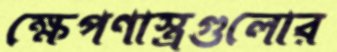
ক্ষেপণাস্ত্রগুলোর